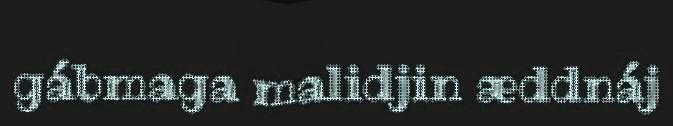
gábmaga malidjin æddnáj